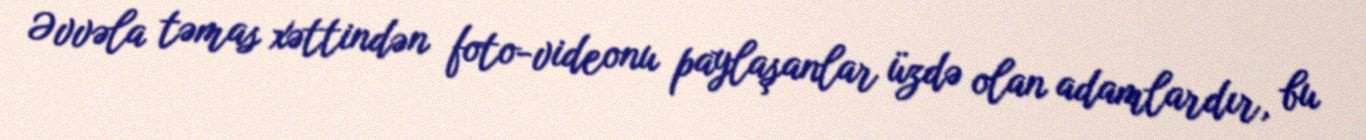
Əvvəla təmas xəttindən foto-videonu paylaşanlar üzdə olan adamlardır, bu